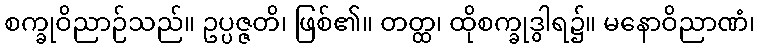
စက္ခုဝိညာဉ်သည်။ ဥပ္ပဇ္ဇတိ၊ ဖြစ်၏။ တတ္ထ၊ ထိုစက္ခုဒွါရ၌။ မနောဝိညာဏံ၊